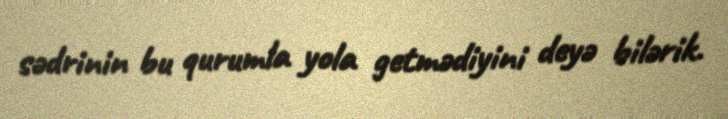
sədrinin bu qurumla yola getmədiyini deyə bilərik.